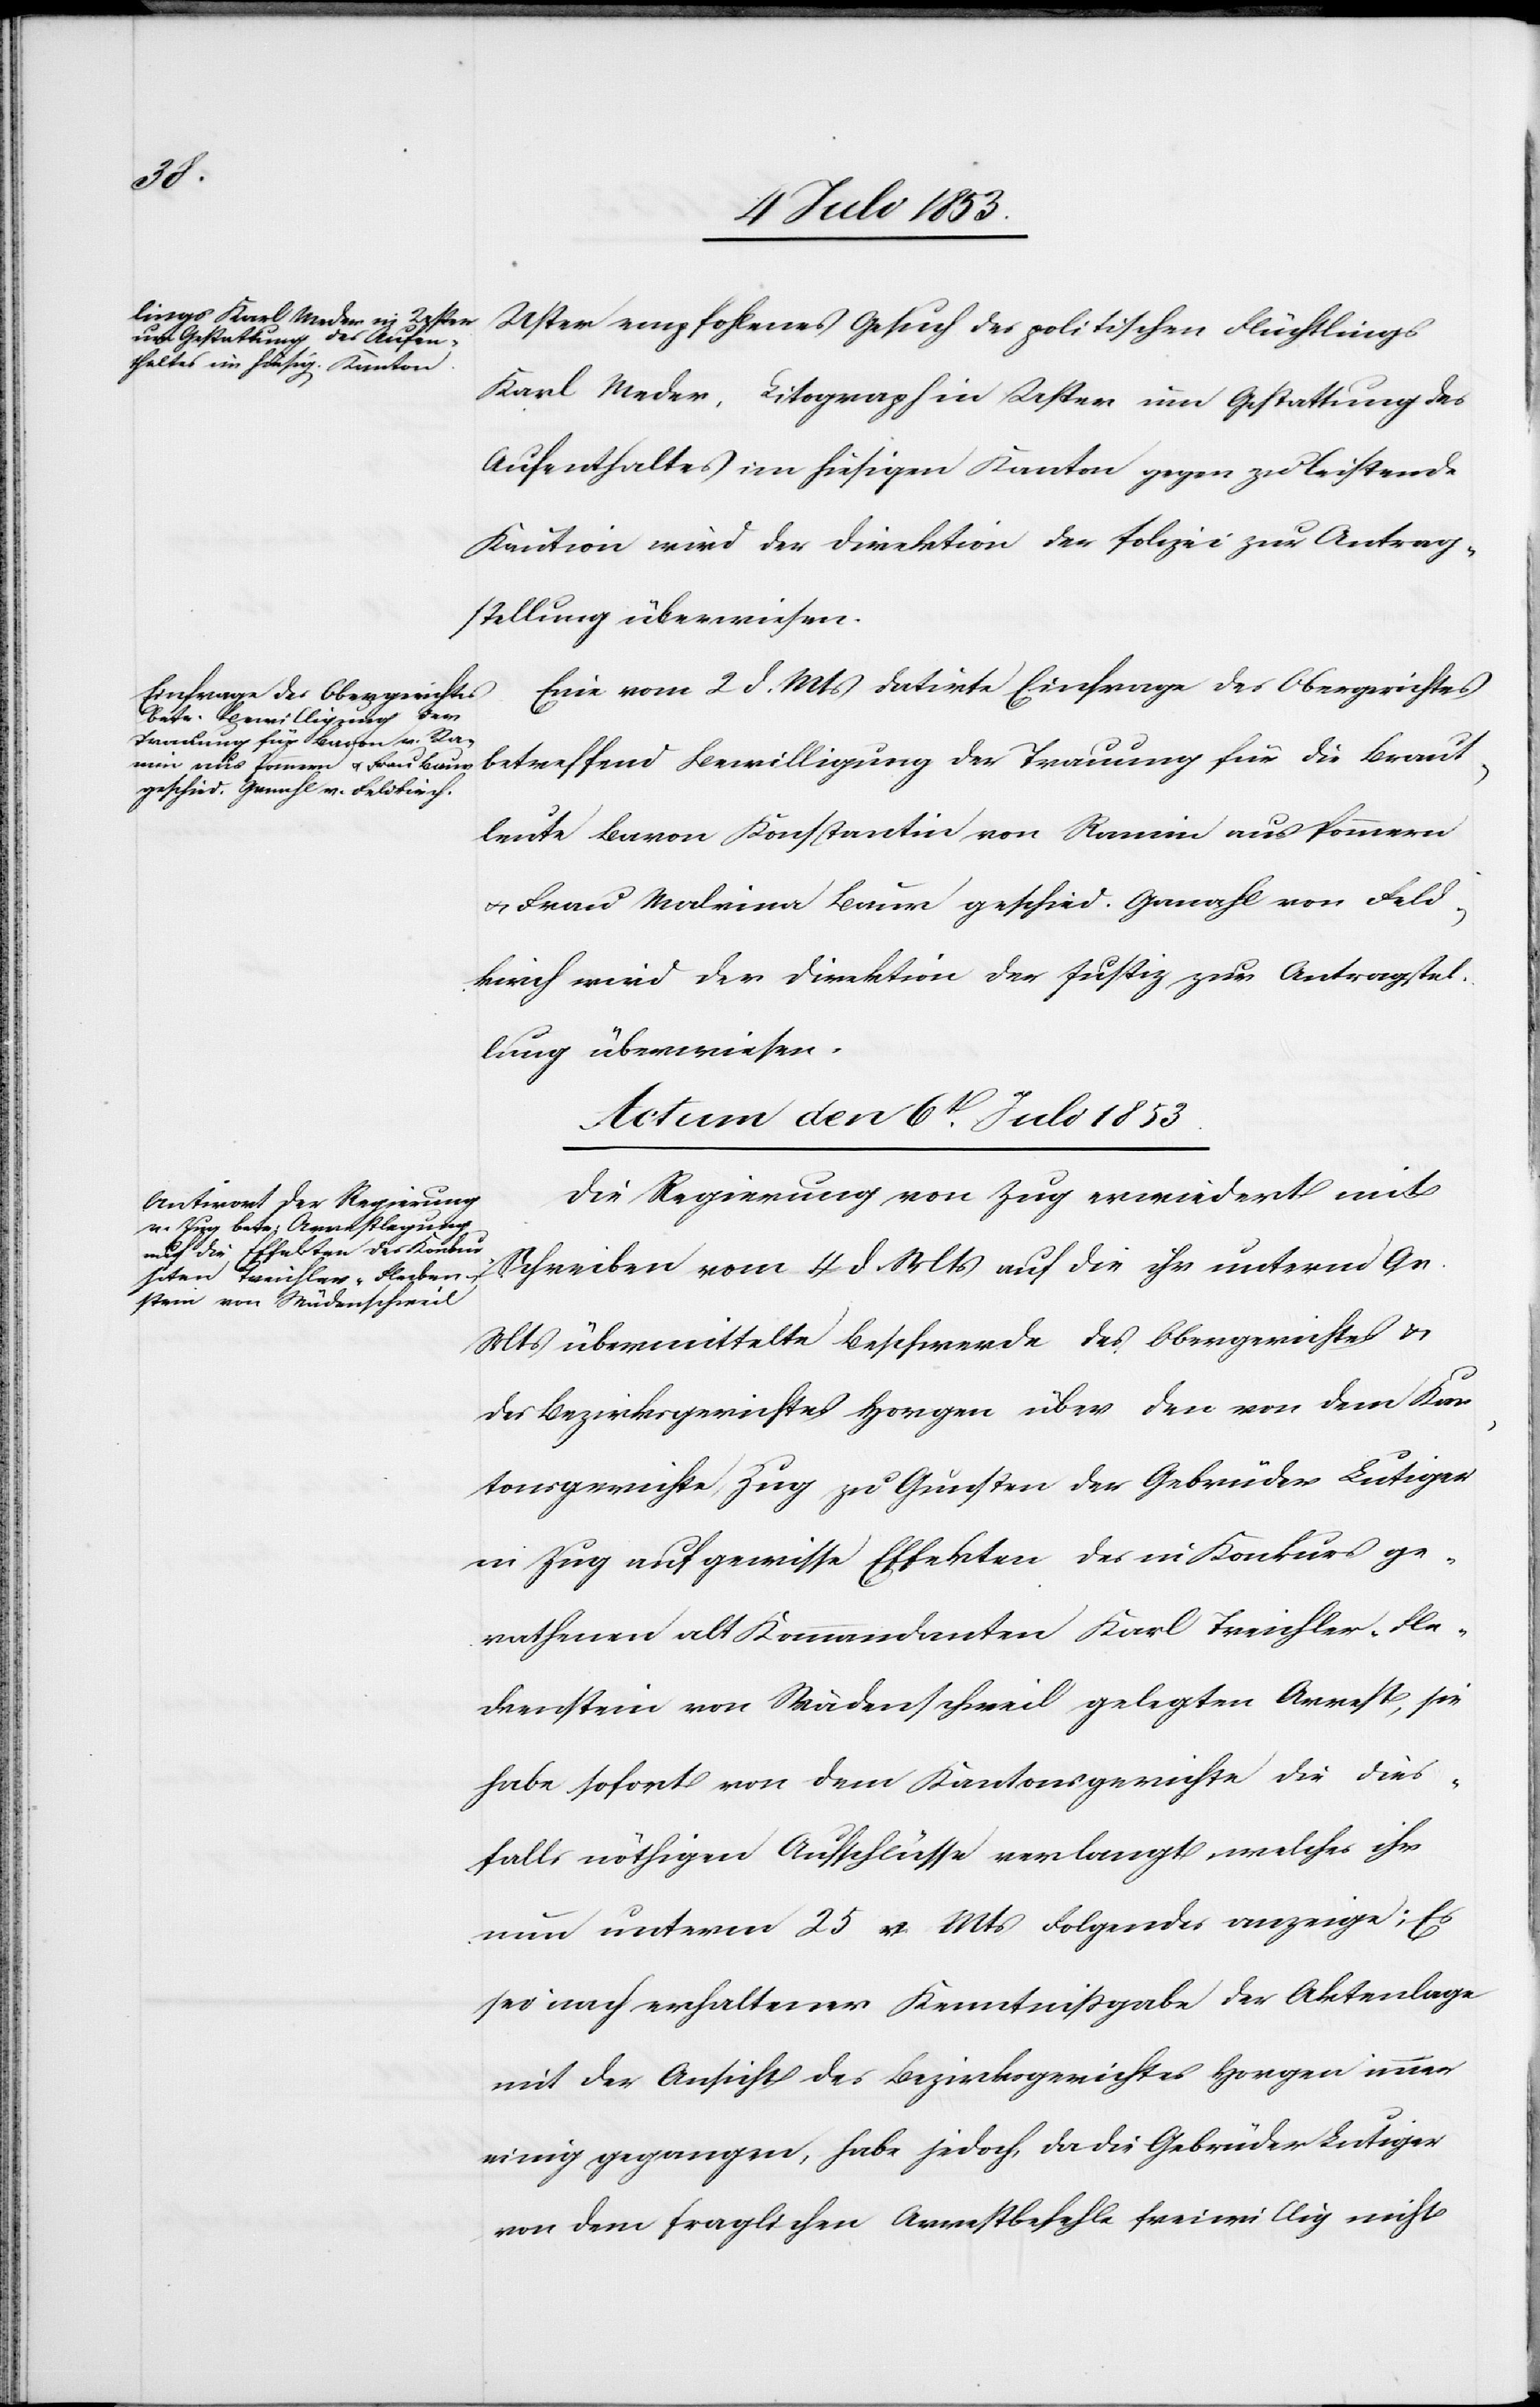
Uster empfohlenes Gesuch des politischen Flüchtlings
Karl Meder, Litograph in Uster um Gestattung des
Aufenthaltes im hiesigen Kanton gegen zu leistende
Kaution wird der Direktion der Polizei zur Antrag¬
sstellung überwiesen.
Eine vom 2 d. Mts. datirte Einfrage des Obergerichtes
betreffend Bewilligung der Trauung für die Braut¬
leute Baron Konstantin von Ramin aus Pommern
u. Frau Malvina Baur geschied. Ganahl von Feld¬
kirch wird der Direktion der Justiz zur Antragsstel¬
lung überwiesen.
Actum den 6t[en] Juli 1835.
Die Regierung von Zug erwiedert mit
Schreiben vom 4 d. Mts. auf die ihr unterm 9 v.
Mts. übermittelte Beschwerde des Obergerichtes u.
des Bezirksgerichtes Horgen über den von dem Kan¬
tonsgerichte Zug zu Gunsten der Gebrüder Lutiger
in Zug auf gewisse Effekten des in Konkurs ge¬
rathenen alt Kommandanten Karl Treichler-Pla¬
ckenstein von Wädenschweil gelegten Arrest, sie
habe sofort von dem Kantonsgerichte die dies¬
falls nöthigen Aufschlüsse verlangt welches ihr
nun unterm 25 v. Mts folgendes verzeige; Es
sei nach erhaltener Kenntnißgabe der Aktenlage
mit der Ansicht des Bezirksgerichtes Horgen immer
einig gegangen, habe jedoch, da die Gebrüder Lutiger
von dem fraglichen Arrestbefehl freiwillig nicht